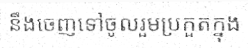
នឹងចេញទៅចូលរួមប្រកួតក្នុង